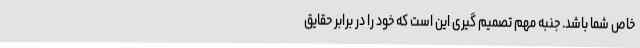
خاص شما باشد. جنبه مهم تصمیم گیری این است که خود را در برابر حقایق